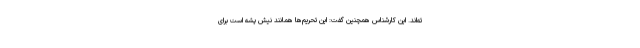
ته‌اند. این کارشناس همچنین گفت: این تحریم‌ها همانند نیش پشه است برای